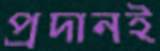
প্রদানই